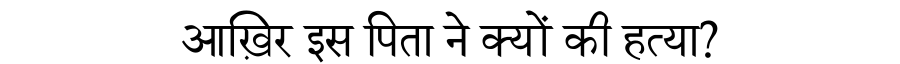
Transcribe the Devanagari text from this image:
आख़िर इस पिता ने क्यों की हत्या?